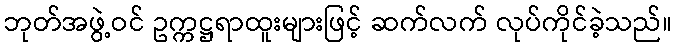
ဘုတ်အဖွဲ့ဝင် ဥက္ကဋ္ဌရာထူးများဖြင့် ဆက်လက် လုပ်ကိုင်ခဲ့သည်။